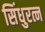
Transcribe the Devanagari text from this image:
सिंधुरत्न